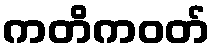
ကတိကဝတ်